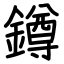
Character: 鐏